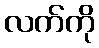
လက်ကို